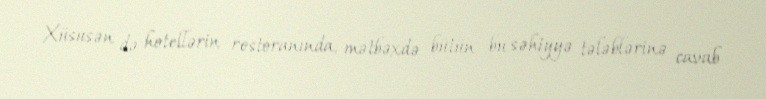
Xüsusən də hotellərin restoranında, mətbəxdə bütün bu səhiyyə tələblərinə cavab